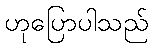
ဟုပြောပါသည်